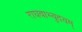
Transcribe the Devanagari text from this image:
राघवाभ्युदयम्